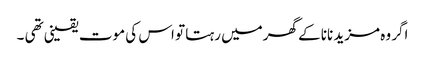
اگر وہ مزید نانا کے گھرمیں رہتا تو اس کی موت یقینی تھی ۔